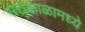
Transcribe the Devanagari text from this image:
सद्यकाळामध्ये